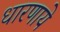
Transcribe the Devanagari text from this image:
धारणाये